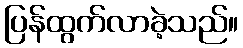
ပြန်ထွက်လာခဲ့သည်။